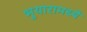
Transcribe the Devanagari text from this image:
भुयारामध्ये